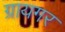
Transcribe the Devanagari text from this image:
ग्रायगर